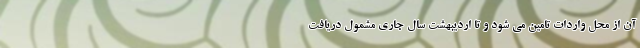
آن از محل واردات تامین می شود و تا اردیبهشت سال جاری مشمول دریافت